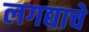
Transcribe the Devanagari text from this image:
लगद्याचे